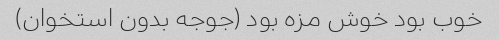
خوب بود خوش مزه بود (جوجه بدون استخوان)